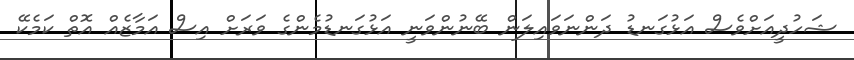
ޝަހުދީއަށްވެސް އަޅުގަނޑު ދަންނަވައިލަން ބޭނުންވަނީ އަޅުގަނޑުމެންގެ ވަރަށް އިސް އަމާޒެއް އޮތް ކަމެކޭ